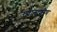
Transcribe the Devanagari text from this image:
उद्यानाशीच